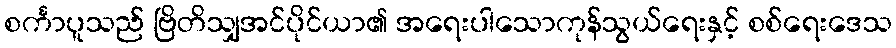
စင်္ကာပူသည် ဗြိတိသျှအင်ပိုင်ယာ၏ အရေးပါသောကုန်သွယ်ရေးနှင့် စစ်ရေးဒေသ